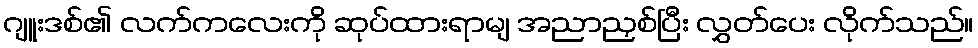
ဂျူးဒစ်၏ လက်ကလေးကို ဆုပ်ထားရာမျ အညာညှစ်ပြီး လွှတ်ပေး လိုက်သည်။